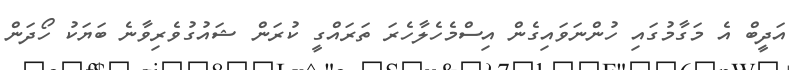
އަދީބް އެ މަގާމުގައި ހުންނަވައިގެން އިސްމެހެލާހެރަ ތަރައްގީ ކުރަން ޝައުގުވެރިވާނެ ބަޔަކު ހޯދަން